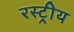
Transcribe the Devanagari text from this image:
रस्ट्रीय